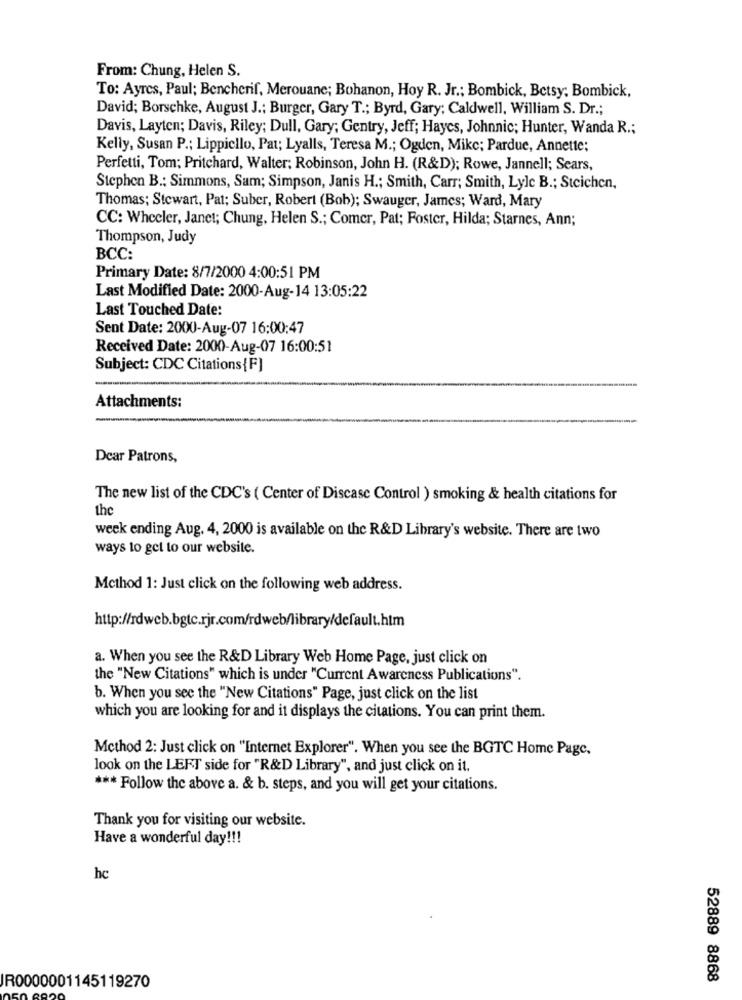
From: Chung, Helen S.
To: Ayres, Paul; Bencherif, Merouane; Bohanon, Hoy R. Jr .; Bombick, Betsy; Bombick,
David; Borschke, August J .: Burger, Gary T .; Byrd, Gary; Caldwell, William S. Dr .;
Davis, Layten; Davis, Riley; Dull, Gary; Gentry, Jeff; Haycs, Johnnic; Hunter, Wanda R .;
Kelly, Susan P .; Lippiello, Pat; Lyalls, Teresa M .; Ogden, Mike; Pardue, Annette;
Perfetti, Tom; Pritchard, Walter; Robinson, John H. (R&D); Rowe, Jannell; Sears,
Stephen B .; Simmons, Sam; Simpson, Janis H .; Smith, Carr; Smith, Lyle B .; Steichen,
Thomas; Stewart, Pat; Suber, Robert (Bob); Swauger, James; Ward, Mary
CC: Wheeler, Janet; Chung, Helen S .; Comer, Pat; Foster, Hilda; Starnes, Ann;
Thompson, Judy
BCC:
Primary Date: 8/7/2000 4:00:51 PM
Last Modified Date: 2000-Aug-14 13:05:22
Last Touched Date:
Sent Date: 2000-Aug-07 16:00:47
Received Date: 2000-Aug-07 16:00:51
Subject: CDC Citations{F]
Attachments:
Dear Patrons,
The new list of the CDC's ( Center of Discase Control ) smoking & health citations for
the
week ending Aug. 4, 2000 is available on the R&D Library's website. There are two
ways to get to our website.
Method 1: Just click on the following web address.
http://rdweb.bgtc.rjr.com/rdweb/library/default.htm
a. When you see the R&D Library Web Home Page, just click on
the "New Citations" which is under "Current Awareness Publications".
b. When you see the "New Citations" Page, just click on the list
which you are looking for and it displays the citations. You can print them.
Method 2: Just click on "Internet Explorer". When you see the BGTC Home Page,
look on the LEFT side for "R&D Library", and just click on it.
*** Follow the above a. & b. steps, and you will get your citations.
Thank you for visiting our website.
Have a wonderful day !!!
hc
52889 8868
IR0000001145119270